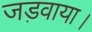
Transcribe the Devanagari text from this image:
जड़वाया।